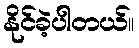
နိုင်ခဲ့ပါတယ်။